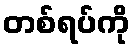
တစ်ရပ်ကို